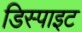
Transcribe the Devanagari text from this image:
डिस्पाइट